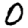
Digit: 0